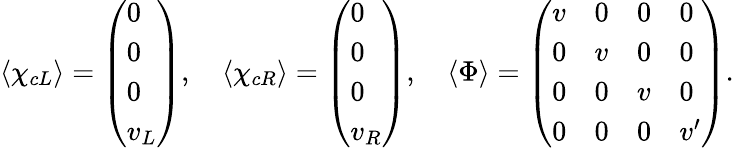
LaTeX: \langle\chi_{cL}\rangle=\left(\begin{array}{l}{{0}}\\ {{0}}\\ {{0}}\\ {{v_{L}}}\end{array}\right),\quad\langle\chi_{cR}\rangle=\left(\begin{array}{l}{{0}}\\ {{0}}\\ {{0}}\\ {{v_{R}}}\end{array}\right),\quad\langle\Phi\rangle=\left(\begin{array}{llll}{{v}}&{{0}}&{{0}}&{{0}}\\ {{0}}&{{v}}&{{0}}&{{0}}\\ {{0}}&{{0}}&{{v}}&{{0}}\\ {{0}}&{{0}}&{{0}}&{{v^{\prime}}}\end{array}\right).